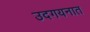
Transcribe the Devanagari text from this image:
उदगयनात